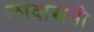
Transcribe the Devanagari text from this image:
लावासनी